Vaccination United Provinces of Agra and Oudh 1923-1928 - 1923-1928
Year: 1923
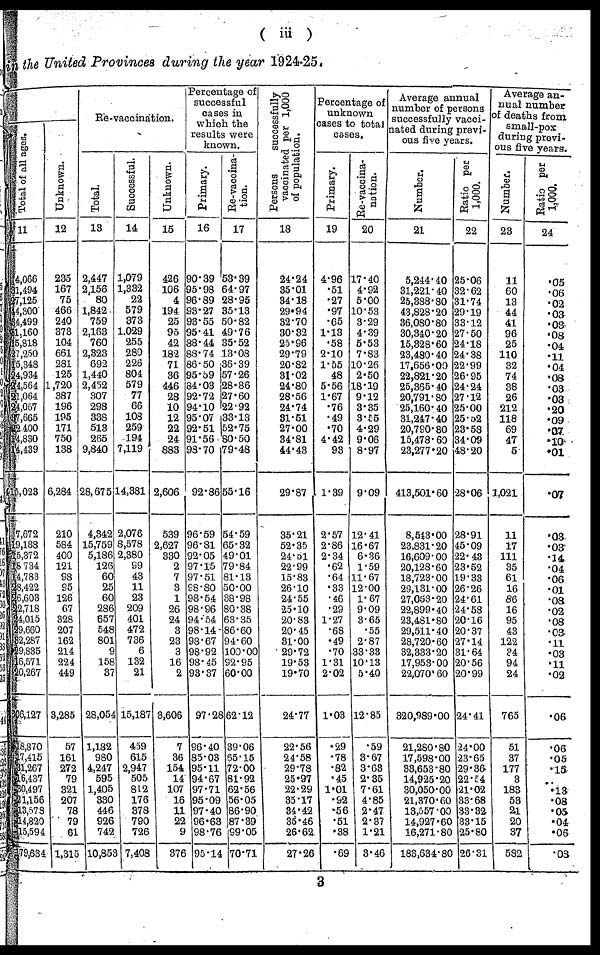
( iii )
in the United Provinces during the year 1924-25.
Total of all ages.
11
4,066
31,494
27,125
44,300
34,499
61,160
15,818
27,250
15,348
24,934
24,564
21,064
24,067
37,665
22,400
14,830
14,439
15,023
7,672
19,188
15,372
18,734
14,783
28,422
26,603
22,718
24,015
29,660
32,287
29,835
16,571
20,267
306,127
18,870
17,415
31,267
16,437
30,497
21,156
13,578
14,820
15,594
179,634
Unknown.
12
235
167
75
466
240
373
104
661
281
125
1,720
387
196
195
171
750
138
6,284
210
584
400
121
98
95
126
67
328
207
162
214
224
449
3,285
57
161
272
79
321
207
78
79
61
1,315
Re-vaccination.
Total.
13
2,447
2,156
80
1,842
759
2,163
760
2,323
692
1,440
2,452
307
298
338
513
265
9,840
28,675
4,342
15,759
5,186
126
60
25
60
286
657
548
801
9
158
37
28,054
1,182
980
4,247
595
1,405
330
446
926
742
10,853
Successful.
14
1,079
1,332
22
579
373
1,029
255
280
226
804
579
77
66
108
259
194
7,119
14,381
2,076
8,578
2,380
99
43
11
23
209
401
472
736
6
132
21
15,187
459
615
2,947
505
812
176
378
790
726
7,408
Unknown.
15
426
106
4
194
25
95
42
182
71
36
446
28
10
12
22
24
883
2,606
539
2,627
330
2
7
3
1
26
24
3
23
3
16
2
3,606
7
36
154
14
107
16
11
22
9
376
Percentage of
successful
cases in
which the
results were
known.
Primary.
16
90.39
95.98
96.89
93.27
93.55
95.41
88.44
88.74
86.50
95.59
84.03
92.72
94.10
95.07
92.51
91.56
98.70
92.86
96.59
96.81
92.05
97.15
97.51
98.80
98.54
98.96
94.54
98.14
93.67
98.92
98.45
93.37
97.28
96.40
85.03
95.11
94.67
97.71
95.09
97.40
96.63
98.76
95.14
Re-vaccina¬
tion.
17
53.39
64.97
28.95
35.13
50.82
49.76
35.52
13.08
36.39
57.26
28.86
27.60
22.92
33.13
52.75
80.50
79.48
55.16
54.59
65.32
49.01
79.84
81.13
50.00
38.98
80.38
63.35
86.60
94.60
100.00
92.95
60.00
62.12
39.06
65.15
72.00
81.92
62.56
56.05
86.90
87.39
99.05
70.71
Persons
successfully
vaccinated per 1,000
of population.
18
24.24
35.01
34.18
29.94
32.70
30.32
25.96
29.79
20.82
31.02
24.80
28.56
24.74
31.51
27.00
34.81
44.43
29.87
35.21
52.35
24.51
22.99
15.83
26.10
24.55
25.10
20.83
20.45
31.00
29.72
19.53
19.70
24.77
22.56
24.58
29.78
25.97
22.29
35.17
34.42
35.46
26.62
27.26
Percentage of
unknown
cases to total
cases.
Primary.
19
4.96
.51
.27
.97
.65
1.13
.58
2.10
1.55
48
5.56
1.67
.76
.49
.70
4.42
93
1.39
2.57
2.86
2.34
.62
.64
.33
.46
.29
1.27
.68
.49
.70
1.31
2.02
1.03
.29
.78
.82
.45
1.01
.92
.56
.51
.38
.69
Re-vaccina¬
nation.
20
17.40
4.92
5.00
10.53
3.29
4.39
5.53
7.83
10.26
2.50
18.19
9.12
3.35
3.55
4.29
9.06
8.97
9.09
12.41
16.67
6.36
1.59
11.67
12.00
1.67
9.09
3.65
.55
2.87
33.33
10.13
5.40
12.85
.59
3.67
3.63
2.35
7.61
4.85
2.47
2.37
1.21
3.46
Average annual
number of persons
successfully vacci-
nated during previ-
ous five years.
Number.
21
5,244.40
31,221.40
25,388.80
43,828.20
36,080.80
30,340.20
15,328.60
23,480.40
17,656.00
22,821.20
25,365.40
20,791.80
25,160.40
31,247.40
20,790.80
15,478.60
23,277.20
413,501.60
8,543.00
23,831.20
16,609.00
20,128.60
18,723.00
29,131.00
27,053.20
22,899.40
23,481.80
29,511.40
28,720.60
32,333.20
17,953.00
22,070. 60
320,989.00
21,280.80
17,598.00
33,653.80
14,925.20
30,050.00
21,370.60
13,557.00
14,927.60
16,271.80
183,634.80
Ratio per
1,000.
22
25.06
32.62
31.74
29.19
33.12
27.50
24.18
24.38
22.99
26.95
24.24
27.12
25.00
25.52
23.58
34.09
48.20
28.06
28.91
45.09
22.43
23.52
19.33
26.26
24.61
24.58
20.16
20.37
27.14
31.64
20.56
20.99
24.41
24.00
23.65
29.36
22.54
21.02
33.68
33.32
33.15
25.80
26.31
Average an-
nual number
of deaths from
small-pox
during previ-
ous five years.
Number.
23
11
60
13
44
41
96
25
110
32
74
38
26
212
118
69
47
5
1,021
11
17
111
35
61
16
86
16
95
43
122
34
94
24
765
51
37
177
3
183
53
21
20
37
582
Ratio per
1,000.
24
.05
.06
.02
.03
.03
.08
.04
.11
.04
.08
.03
.03
.20
.09
.07
.10
.01
.07
.03
.03
.14
.04
.06
.01
.08
.02
.08
.03
.11
.03
.11
.02
.06
.06
.05
.15
..
.13
.08
.05
.04
.06
.03
3